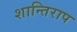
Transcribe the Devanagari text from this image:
शान्तिराप